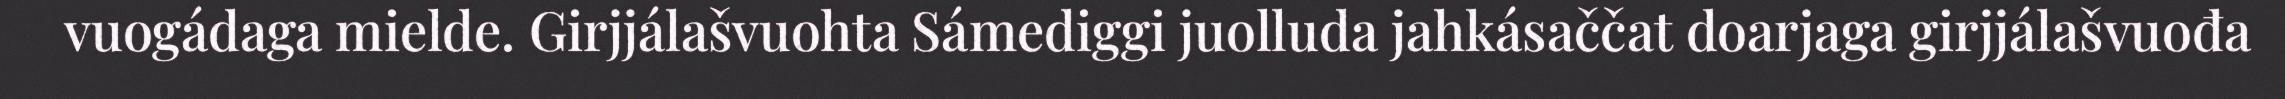
vuogádaga mielde. Girjjálašvuohta Sámediggi juolluda jahkásaččat doarjaga girjjálašvuođa